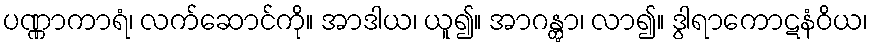
ပဏ္ဏာကာရံ၊ လက်ဆောင်ကို။ အာဒါယ၊ ယူ၍။ အာဂန္တွာ၊ လာ၍။ ဒွါရာကောဋနံဝိယ၊